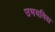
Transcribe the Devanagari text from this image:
उभयविद्य